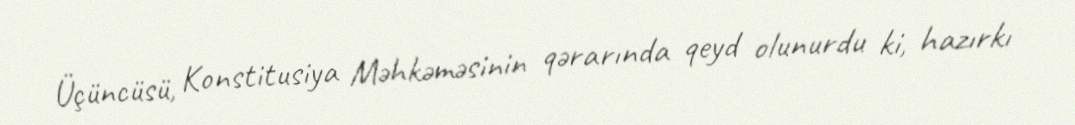
Üçüncüsü, Konstitusiya Məhkəməsinin qərarında qeyd olunurdu ki, hazırkı